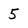
Character: 5